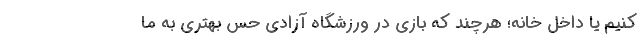
کنیم یا داخل خانه؛ هرچند که بازی در ورزشگاه آزادی حس بهتری به ما